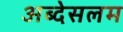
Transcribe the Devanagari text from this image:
अब्देसलम